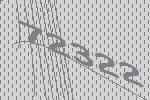
72322